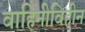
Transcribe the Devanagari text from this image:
वाहिनीविहीन